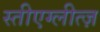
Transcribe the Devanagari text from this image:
स्तीएग्लीत्ज़